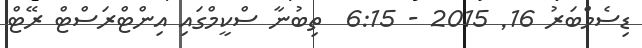
ޑިސެމްބަރު 16